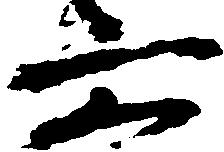
六